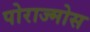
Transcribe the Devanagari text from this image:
पोराज्मोस